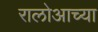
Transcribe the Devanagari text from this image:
रालोआच्या